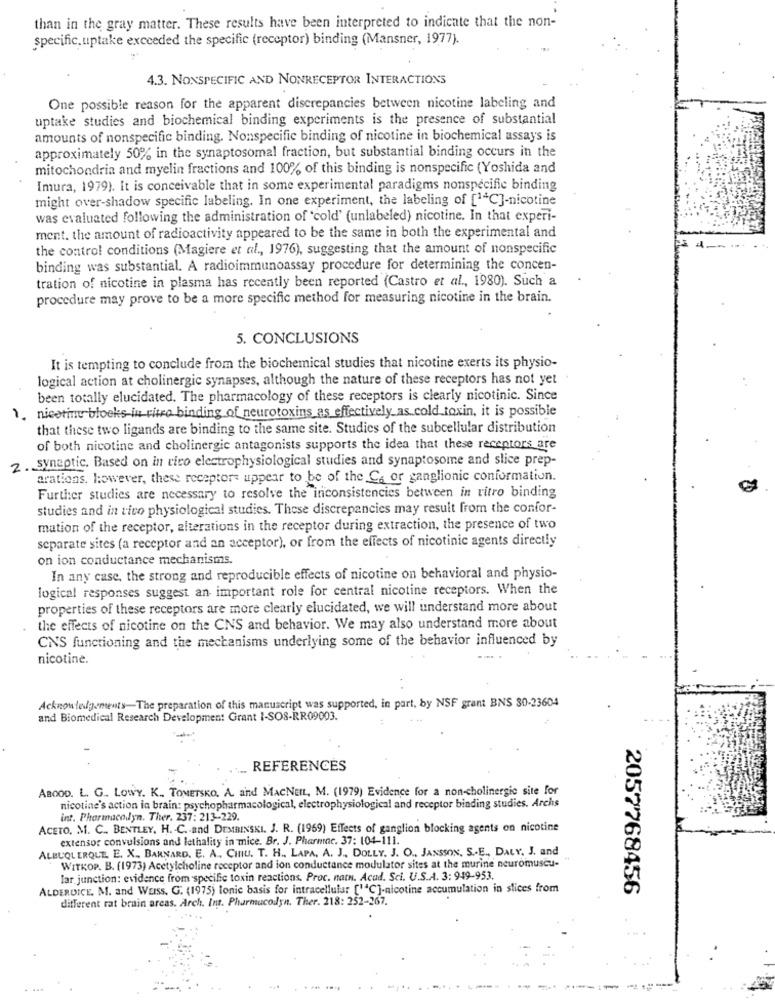
than in the gray matter. These results have been interpreted to indicate that the non-
specific.uptake exceeded the specific (receptor) binding (Mansner, 1977).
4.3. NONSPECIFIC AND NONRECEPTOR INTERACTIONS
One possible reason for the apparent discrepancies between nicotine labeling and
uptake studies and biochemical binding experiments is the presence of substantial
amounts of nonspecific binding. Nonspecific binding of nicotine in biochemical assays is
approximately 50% in the synaptosomal fraction, but substantial binding occurs in the
mitochondria and myelin fractions and 100% of this binding is nonspecific (Yoshida and
Imura, 1979). It is conceivable that in some experimental paradigms nonspecific binding
might over-shadow specific labeling. In one experiment, the labeling of [14C]-nicotine
was evaluated following the administration of 'cold' (unlabeled) nicotine. In that experi-
ment. the amount of radioactivity appeared to be the same in both the experimental and
the control conditions (Magiere et al ., 1976), suggesting that the amount of nonspecific
binding was substantial. A radioimmunoassay procedure for determining the concen-
tration of nicotine in plasma has recently been reported (Castro et al ., 1980). Such a
procedure may prove to be a more specific method for measuring nicotine in the brain.
5. CONCLUSIONS
It is tempting to conclude from the biochemical studies that nicotine exerts its physio-
logical action at cholinergic synapses, although the nature of these receptors has not yet
been totally elucidated. The pharmacology of these receptors is clearly nicotinic. Since
1. nicotine blocks in vitro binding of neurotoxins as effectively_as cold toxin, it is possible
that these two ligands are binding to the same site. Studies of the subcellular distribution
of both nicotine and cholinergic antagonists supports the idea that these receptors are
2. synaptic. Based on in rico electrophysiological studies and synaptosome and slice prep-
arations. however, these receptors uppear to be of the Co or ganglionic conformation.
Further studies are necessary to resolve the inconsistencies between in ritro binding
studies and in tico physiological studies. These discrepancies may result from the confor-
mation of the receptor, alterations in the receptor during extraction, the presence of two
separate sites (a receptor and an acceptor), or from the effects of nicotinic agents directly
on ion conductance mechanisms.
In any case, the strong and reproducible effects of nicotine on behavioral and physio-
logical responses suggest an important role for central nicotine receptors. When the
properties of these receptors are more clearly elucidated, we will understand more about
the effects of nicotine on the CNS and behavior. We may also understand more about
CNS functioning and the mechanisms underlying some of the behavior influenced by
nicotine.
Acknowledgements-The preparation of this manuscript was supported, in part, by NSF grant BNS 30-23604
and Biomedical Research Development Grant I-SOS-RR09003.
REFERENCES
ABooD. L. G .. LOWY. K ., TOMETSKO. A. and MACNEIL, M. (1979) Evidence for a non-cholinergic site for
nicotine's action in brain: psychopharmacological, electrophysiological and receptor binding studies. Archs
int. Pharmacolyn. Ther. 237: 213-229.
ACETO, M. C .. BENTLEY. H. C. and DEMBINSKI. J. R. (1969) Effects of ganglion blocking agents on nicotine
extensor convulsions and lethality in mice. Br. J. Pharmac. 37: 104-111.
ALBUQUERQUE. E. X. BARNARD. E. A. CHIU. T. H ., LAPA, A. J ., DOLLY. J. O ., JANSSON, S .. E ., DALY, J. and
WITKOP. B. (1973) Acetylcholine receptor and ion conductance modulator sites at the murine neuromuscu-
lar junction: evidence from specific toxin reactions. Proc. natn. Acad. Sci. U.S.A. 3: 949-953.
ALDERDICE. M. and WEIss. G. (1975) lonic basis for intracellular [14℃]-nicotine accumulation in slices from
2057768456
different rat brain areas. Arch. Int. Pharmacodyn. Ther. 218: 252-267.